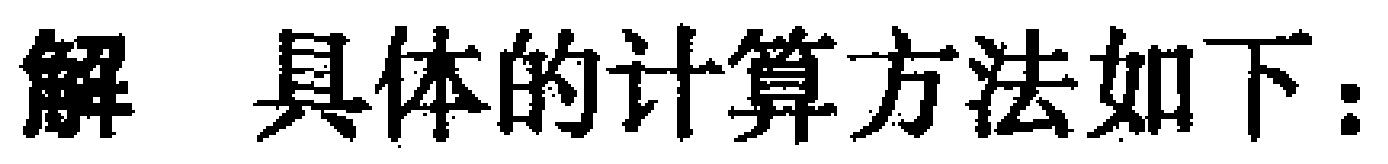
解 具体的计算方法如下：